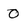
Character: 0